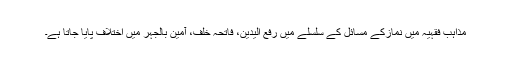
مذاہب فقہیہ میں نمازکے مسائل کے سلسلے میں رفع الیدین، فاتحہ خلف، آمین بالجہر میں اختلاف پایا جاتا ہے۔